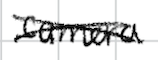
Text: camera
Cross-out: cross
Writing tool: digital_black